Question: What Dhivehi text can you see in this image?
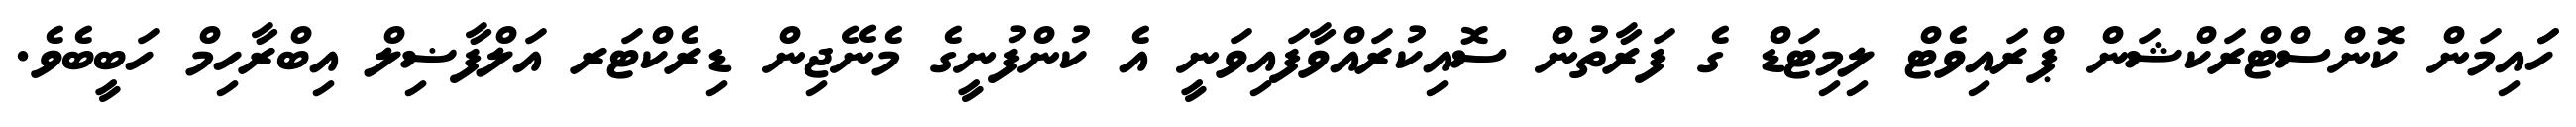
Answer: ހަައިމަން ކޮންސްޓްރަކްޝަން ޕްރައިވެޓް ލިމިޓަޑް ގެ ފަރާތުން ސޮއިކުރައްވާފައިވަނީ އެ ކުންފުނީގެ މެނޭޖިން ޑިރެކްޓަރ އަލްފާޟިލް އިބްރާހިމް ހަބީބެވެ.